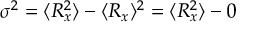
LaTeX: \sigma ^ { 2 } = \langle R _ { x } ^ { 2 } \rangle - \langle R _ { x } \rangle ^ { 2 } = \langle R _ { x } ^ { 2 } \rangle - 0